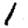
Digit: 1